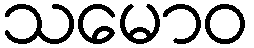
သမောဝ